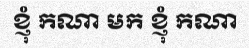
ខ្ញុំ កណា មក ខ្ញុំ កណា